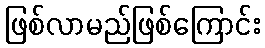
ဖြစ်လာမည်ဖြစ်ကြောင်း